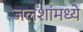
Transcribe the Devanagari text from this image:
जलशांमध्ये